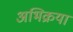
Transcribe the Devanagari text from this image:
अभिक्रया